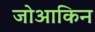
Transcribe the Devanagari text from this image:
जोआकिन